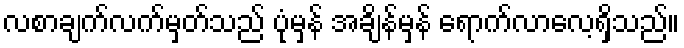
လစာချက်လက်မှတ်သည် ပုံမှန် အချိန်မှန် ရောက်လာလေ့ရှိသည်။